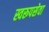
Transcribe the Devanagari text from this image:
स्वरूपसेवा